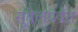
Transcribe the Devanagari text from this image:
सुबेलपर्वत